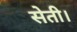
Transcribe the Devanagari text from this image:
सेती।